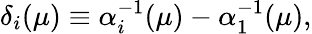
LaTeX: \delta_{i}(\mu)\equiv\alpha_{i}^{-1}(\mu)-\alpha_{1}^{-1}(\mu),